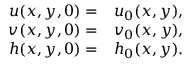
\begin{array} { r l } { u ( x , y , 0 ) = } & { { } u _ { 0 } ( x , y ) , } \\ { v ( x , y , 0 ) = } & { { } v _ { 0 } ( x , y ) , } \\ { h ( x , y , 0 ) = } & { { } h _ { 0 } ( x , y ) . } \end{array}